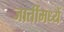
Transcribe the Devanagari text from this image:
जातींमध्यें